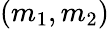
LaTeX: (m_{1},m_{2})